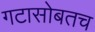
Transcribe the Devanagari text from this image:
गटासोबतच